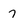
Character: 7